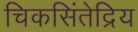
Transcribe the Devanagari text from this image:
चिकसिंतेद्रिय